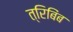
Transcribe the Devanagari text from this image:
त्रिबिंब